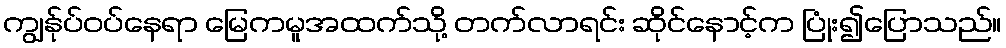
ကျွန်ုပ်ဝပ်နေရာ မြေကမူအထက်သို့ တက်လာရင်း ဆိုင်နောင့်က ပြုံး၍ပြောသည်။